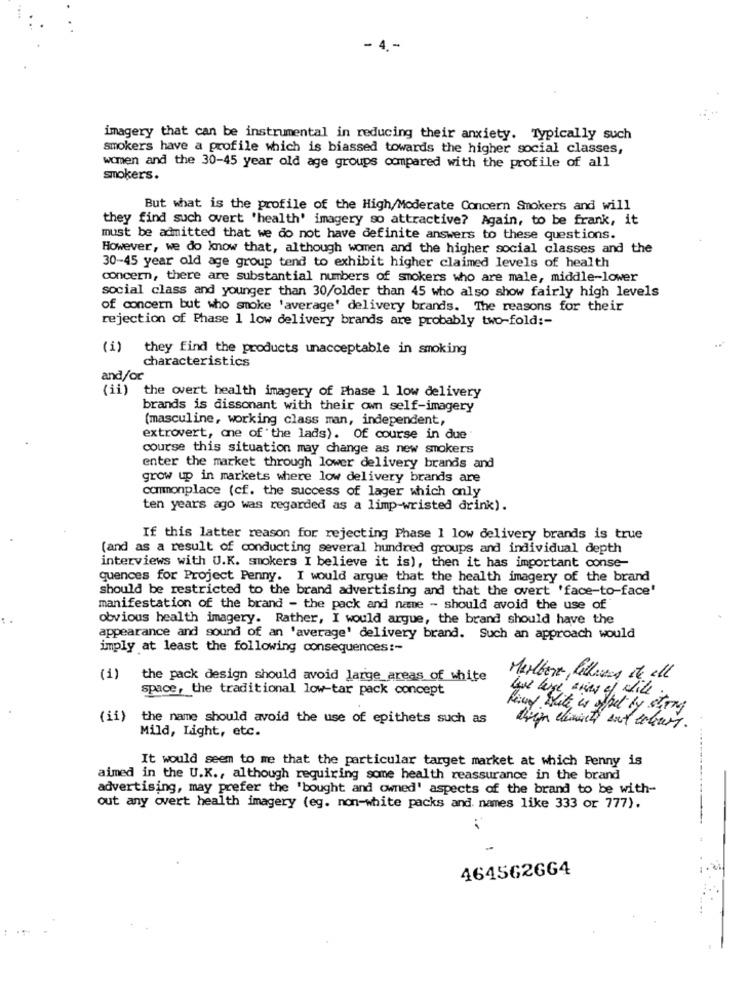
. 4-
imagery that can be instrumental in reducing their anxiety. Typically such
smokers have a profile which is biassed towards the higher social classes,
women and the 30-45 year old age groups compared with the profile of all
smokers.
But what is the profile of the High/Moderate Concern Smokers and will
they find such overt 'health' imagery so attractive? Again, to be frank, it
must be admitted that we do not have definite answers to these questions.
However, we do know that, although women and the higher social classes and the
30-45 year old age group tend to exhibit higher claimed levels of health
concern, there are substantial numbers of smokers who are male, middle-lower
social class and younger than 30/older than 45 who also show fairly high levels
of concern but who smoke 'average' delivery brands. The reasons for their
rejection of Phase 1 low delivery brands are probably two-fold :-
(i) they find the products unacceptable in smoking
characteristics
and/or
(ii) the overt health imagery of Phase 1 low delivery
brands is dissonant with their own self-imagery
(masculine, working class man, independent,
extrovert, ce of the lads). Of course in due
course this situation may change as new smokers
enter the market through lower delivery brands and
grow up in markets where low delivery brands are
commonplace (cf. the success of lager which only
ten years ago was regarded as a limp-wristed drink).
If this latter reason for rejecting Phase 1 low delivery brands is true
(and as a result of conducting several hundred groups and individual depth
interviews with U.K. smokers I believe it is), then it has important conse-
quences for Project Penny. I would argue that the health imagery of the brand
should be restricted to the brand advertising and that the overt 'face-to-face'
manifestation of the brand - the pack and name - should avoid the use of
obvious health imagery. Rather, I would argue, the brand should have the
appearance and sound of an 'average' delivery brand. Such an approach would
imply at least the following consequences :-
(1)
the pack design should avoid large areas of white
Marlboro, lathering it all
space, the traditional low-tar pack concept
have large aries of whit
Remy with is offel by strny
(ii)
the name should avoid the use of epithets such as
Mild, Light, etc.
It would seem to me that the particular target market at which Penny is
aimed in the U.K ., although requiring some health reassurance in the brand
advertising, may prefer the 'bought and owned' aspects of the brand to be with-
out any overt health imagery (eg. non-white packs and names like 333 or 777).
464562664